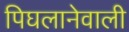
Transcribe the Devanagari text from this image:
पिघलानेवाली